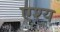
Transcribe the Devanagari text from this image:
एश्य